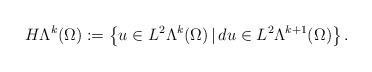
LaTeX: \begin{align*} H\Lambda^k(\Omega) :=\left\{ u\in L^2\Lambda^k(\Omega)\, |\, du\in L^2\Lambda^{k+1}(\Omega) \right\}.\end{align*}